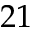
2 1